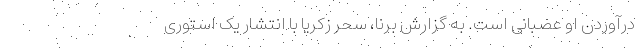
درآوردن او عصبانی است. به گزارش برنا، سحر زکریا با انتشار یک استوری